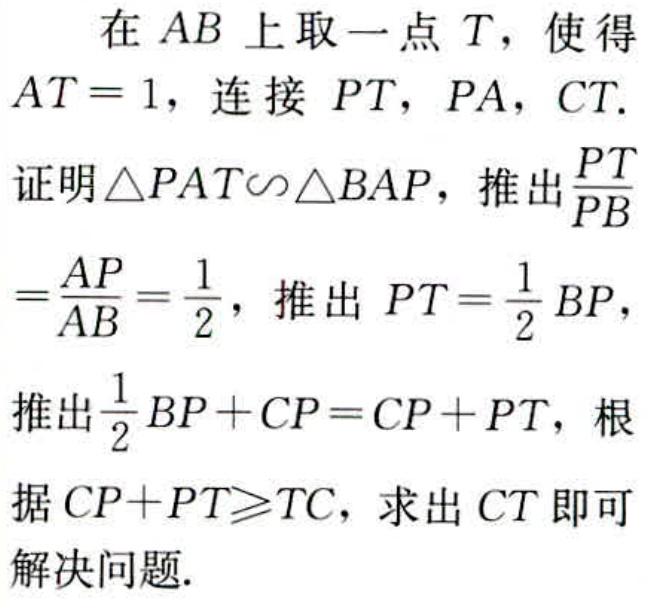
在 \(AB\) 上取一点 \(T\)，使得 \(AT = 1\)，连接 \(PT\)，\(PA\)，\(CT\).

证明\(\triangle PAT\sim\triangle BAP\)，推出\(\frac{PT}{PB}=\frac{AP}{AB}=\frac{1}{2}\)，推出 \(PT = \frac{1}{2}BP\)，

推出\(\frac{1}{2}BP + CP=CP + PT\)，根据\(CP + PT\geqslant TC\)，求出 \(CT\) 即可解决问题.